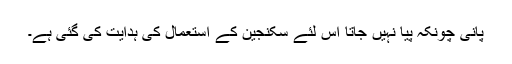
پانی چونکہ پیا نہیں جاتا اس لئے سکنجین کے استعمال کی ہدایت کی گئی ہے۔